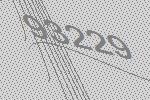
93229